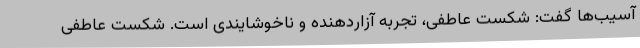
آسیب‌ها گفت: شکست عاطفی، تجربه آزاردهنده و ناخوشایندی است. شکست عاطفی